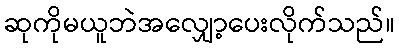
ဆုကိုမယူဘဲအလျှော့ပေးလိုက်သည်။